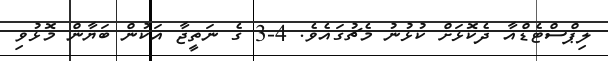
ލިޕްސްޓެޑްއާ ދެކޮޅަށް ކުޅުނު މެޗުގައެވެ. 4-3 ގެ ނަތީޖާ އަކުން ބަޔާން މޮޅުވި